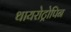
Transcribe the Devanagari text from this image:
थायरोट्रोपिन